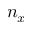
n _ { x }